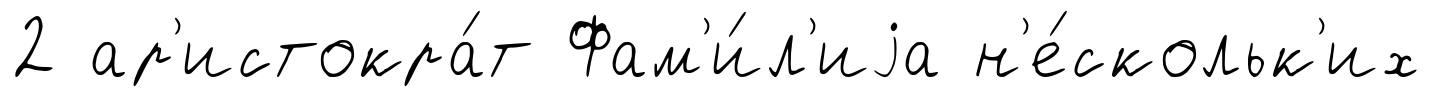
2 ар'истокра́т Фам'и́л'иjа н'е́скольк'их